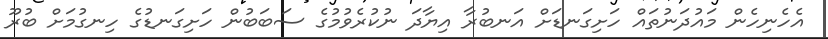
އެހެނިހެން މައުދަނުތައް ހަށިގަނޑަށް އަނބުރާ އިޔާދަ ނުކުރެވުމުގެ ސަބަބުން ހަށިގަނޑުގެ ހިނގުމަށް ބުރޫ